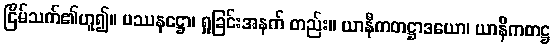
ငြိမ်သက်၏ဟူ၍။ ပဿနဋ္ဌော၊ ရှုခြင်းအနက် တည်း။ ယာနီကတဋ္ဌာဒယော၊ ယာနီကတဋ္ဌ